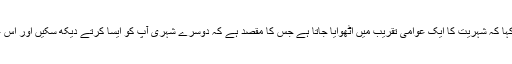
انہوں نے یہ بھی کہا کہ شہریت کا ایک عوامی تقریب میں اٹھوایا جاتا ہے جس کا مقصد ہے کہ دوسرے شہری آپ کو ایسا کرتے دیکھ سکیں اور اس عمل کے گواہ ہوں۔